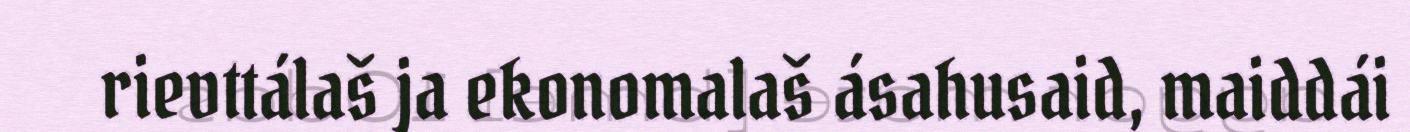
rievttálaš ja ekonomalaš ásahusaid, maiddái